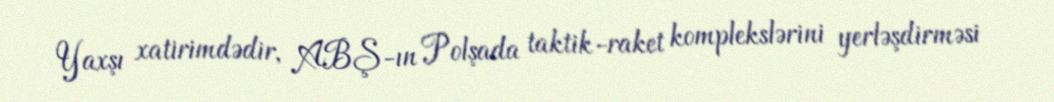
Yaxşı xatirimdədir, ABŞ-ın Polşada taktik-raket komplekslərini yerləşdirməsi